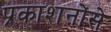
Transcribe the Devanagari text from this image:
प्रकाशनोंसे